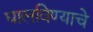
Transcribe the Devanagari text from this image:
घालविण्याचे